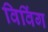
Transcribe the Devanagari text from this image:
विविंग